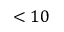
< 1 0